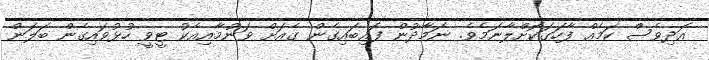
އަދިވެސް ކަމެއް ފާހަގަކޮށްލާނަމެވެ. ނަމާދުން ފައިބައިގެން ގެއަށް ވަނުމާއިއެކު ޓީވީ ހުޅުވައިގެން ބަލަން